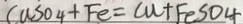
C u S O 4 + F e = C u + F e S O 4